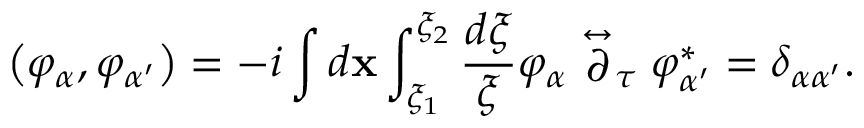
\left( \varphi _ { \alpha } , \varphi _ { \alpha ^ { \prime } } \right) = - i \int d { \mathbf x } \int _ { \xi _ { 1 } } ^ { \xi _ { 2 } } \frac { d \xi } { \xi } \varphi _ { \alpha } \stackrel { \leftrightarrow } { \partial } _ { \tau } \varphi _ { \alpha ^ { \prime } } ^ { * } = \delta _ { \alpha \alpha ^ { \prime } } .